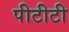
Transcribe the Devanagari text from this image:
पीटीटी